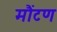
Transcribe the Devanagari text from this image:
मौंटण